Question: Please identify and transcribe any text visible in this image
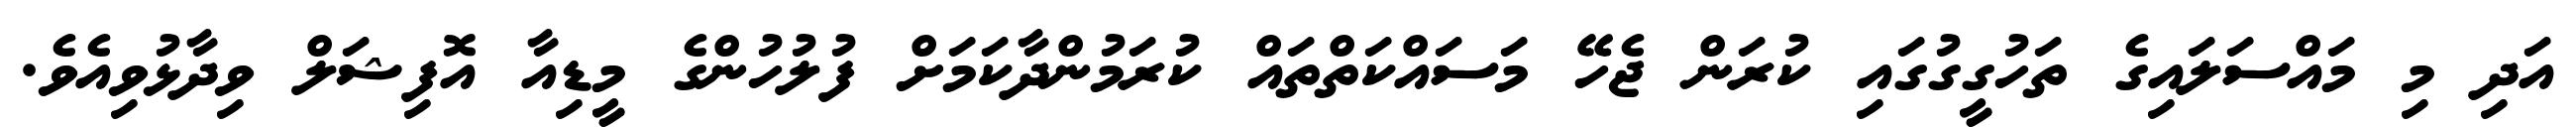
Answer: އަދި މި މައްސަލައިގެ ތަހުގީގުގައި ކުރަން ޖެހޭ މަސައްކަތްތައް ކުރަމުންދާކަމަށް ފުލުހުންގެ މީޑިއާ އޮފިޝަލް ވިދާޅުވިއެވެ.